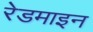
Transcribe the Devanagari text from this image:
रेडमाइन